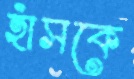
হাঁসকে